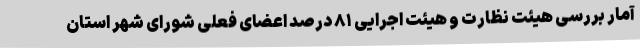
آمار بررسی هیئت نظارت و هیئت اجرایی ۸۱ درصد اعضای فعلی شورای شهر استان